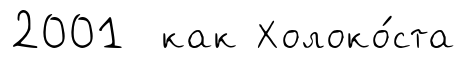
2001 как Холоко́ста